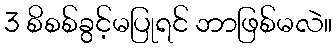
3 စိစစ်ခွင့်မပြုရင် ဘာဖြစ်မလဲ။